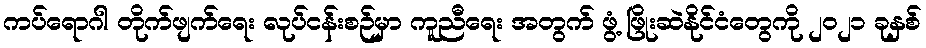
ကပ်ရောဂါ တိုက်ဖျက်ရေး လုပ်ငန်းစဉ်မှာ ကူညီရေး အတွက် ဖွံ့ ဖြိုးဆဲနိုင်ငံတွေကို ၂၀၂၁ ခုနှစ်